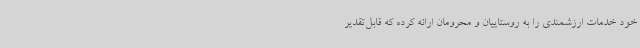
خود خدمات ارزشمندی را به روستاییان و محرومان ارائه کرده که قابل‌تقدیر